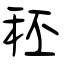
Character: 秠